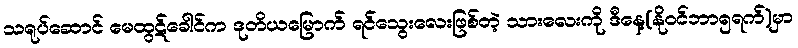
သရုပ်ဆောင် မေထွဋ်ခေါင်က ဒုတိယမြောက် ရင်သွေးလေးဖြစ်တဲ့ သားလေးကို ဒီနေ့(နိုဝင်ဘာ၅ရက်)မှာ